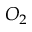
O _ { 2 }